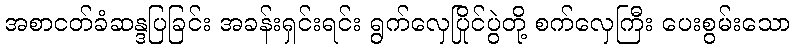
အစာငတ်ခံဆန္ဒပြခြင်း အခန်းရှင်းရင်း ရွက်လှေပြိုင်ပွဲတို့ စက်လှေကြီး ပေးစွမ်းသော